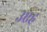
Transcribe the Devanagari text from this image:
उएह